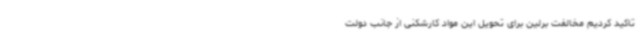
تاکید کردیم مخالفت برلین برای تحویل این مواد کارشکنی از جانب دولت